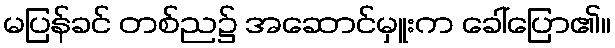
မပြန်ခင် တစ်ည၌ အဆောင်မှူးက ခေါ်ပြော၏။